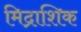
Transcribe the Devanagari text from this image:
मिद्राशिक